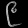
Digit: ၉